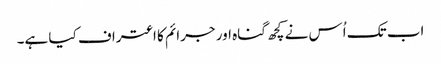
اب تک اُس نے کچھ گناہ اور جرائم کا اعتراف کیا ہے۔